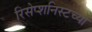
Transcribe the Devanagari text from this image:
रिसेप्शनिस्टच्या